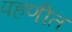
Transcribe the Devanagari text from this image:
पहणीत